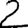
Digit: 2